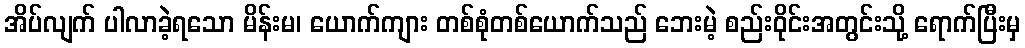
အိပ်လျက် ပါလာခဲ့ရသော မိန်းမ၊ ယောက်ကျား တစ်စုံတစ်ယောက်သည် ဘေးမဲ့ စည်းဝိုင်းအတွင်းသို့ ရောက်ပြီးမှ